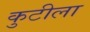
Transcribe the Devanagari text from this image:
कुटीला